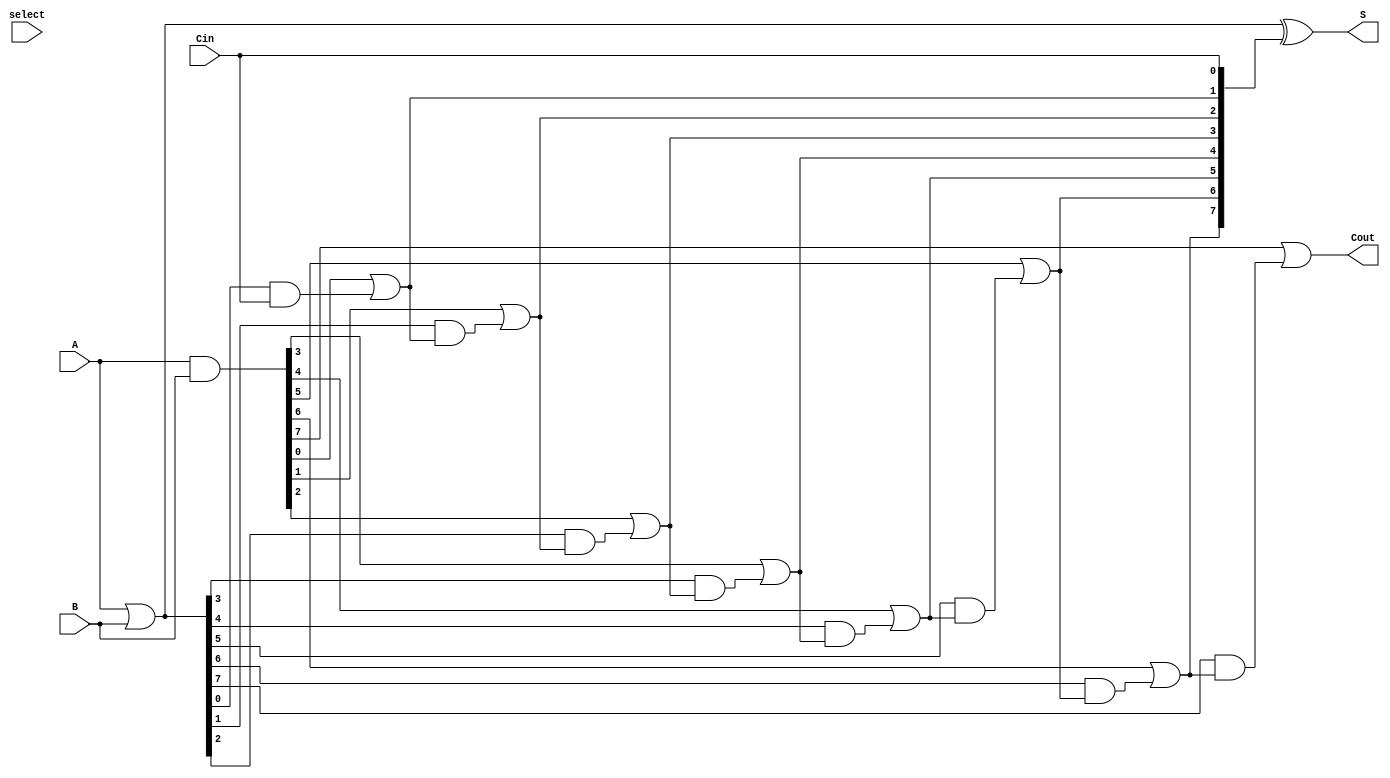
module VariableLatencyCLAA #(
    parameter N = 8 // Width of the adder (number of bits)
)(
    input  [N-1:0] A,     // First operand
    input  [N-1:0] B,     // Second operand
    input          Cin,    // Carry-in
    input          select, // Control signal for variable latency
    output [N-1:0] S,     // Sum output
    output         Cout    // Carry-out
);

    // Generate and Propagate signals
    wire [N-1:0] G; // Generate signals
    wire [N-1:0] P; // Propagate signals
    wire [N:0] C;   // Carry signals

    // Generate and Propagate calculations
    assign G = A & B;         // G[i] = A[i] & B[i]
    assign P = A | B;         // P[i] = A[i] | B[i]

    // Carry calculations
    assign C[0] = Cin; // C[0] = Cin

    genvar i;
    generate
        for (i = 1; i <= N; i = i + 1) begin : carry_calc
            assign C[i] = G[i-1] | (P[i-1] & C[i-1]); // C[i] = G[i-1] | (P[i-1] & C[i-1])
        end
    endgenerate

    // Sum calculations
    assign S = P ^ C[N-1:0]; // S[i] = P[i] ^ C[i]

    // Carry-out
    assign Cout = C[N]; // Cout = C[N]

endmodule